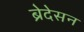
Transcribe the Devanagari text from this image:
ब्रेदेसन